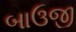
બાઉજી